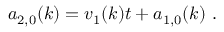
a _ { 2 , 0 } ( k ) = v _ { 1 } ( k ) t + a _ { 1 , 0 } ( k ) \ .